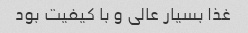
غذا بسیار عالی و با کیفیت بود